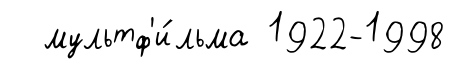
мультф'и́льма 1922-1998